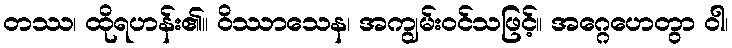
တဿ၊ ထိုရဟန်း၏။ ဝိဿာသေန၊ အကျွမ်းဝင်သဖြင့်။ အဂ္ဂေဟေတွာ ဝါ၊